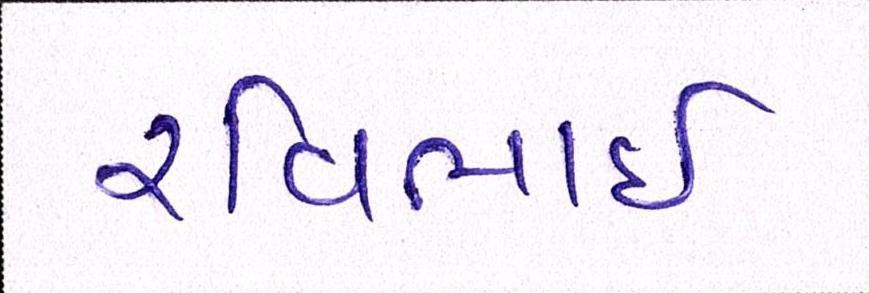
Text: રવિભાઇ